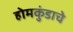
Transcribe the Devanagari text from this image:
होमकुंडाचे